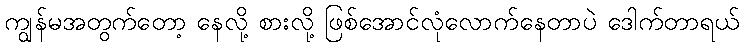
ကျွန်မအတွက်တော့ နေလို့ စားလို့ ဖြစ်အောင်လုံလောက်နေတာပဲ ဒေါက်တာရယ်